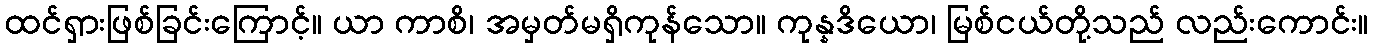
ထင်ရှားဖြစ်ခြင်းကြောင့်။ ယာ ကာစိ၊ အမှတ်မရှိကုန်သော။ ကုန္နဒိယော၊ မြစ်ငယ်တို့သည် လည်းကောင်း။